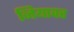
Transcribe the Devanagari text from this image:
जियावर